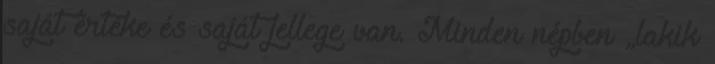
saját értéke és saját jellege van. Minden népben „lakik